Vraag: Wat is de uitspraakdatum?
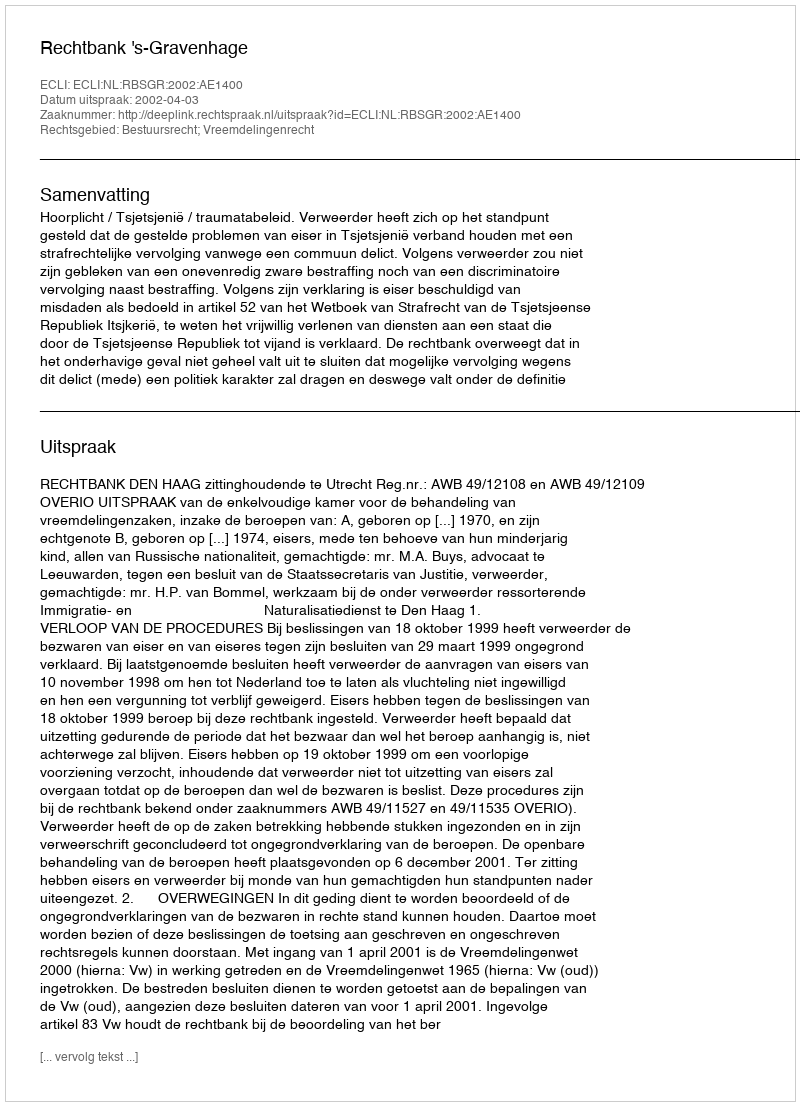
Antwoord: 2002-04-03